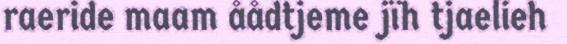
raeride maam åådtjeme jïh tjaelieh